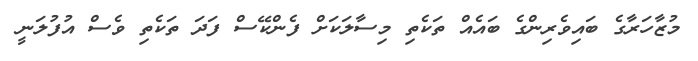
މުޒާހަރާގެ ބައިވެރިންގެ ބައެއް ތަކެތި މިސާލަކަށް ފެންކޭސް ފަދަ ތަކެތި ވެސް އުފުލަނީ